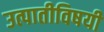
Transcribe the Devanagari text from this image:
उत्पातीविषयी